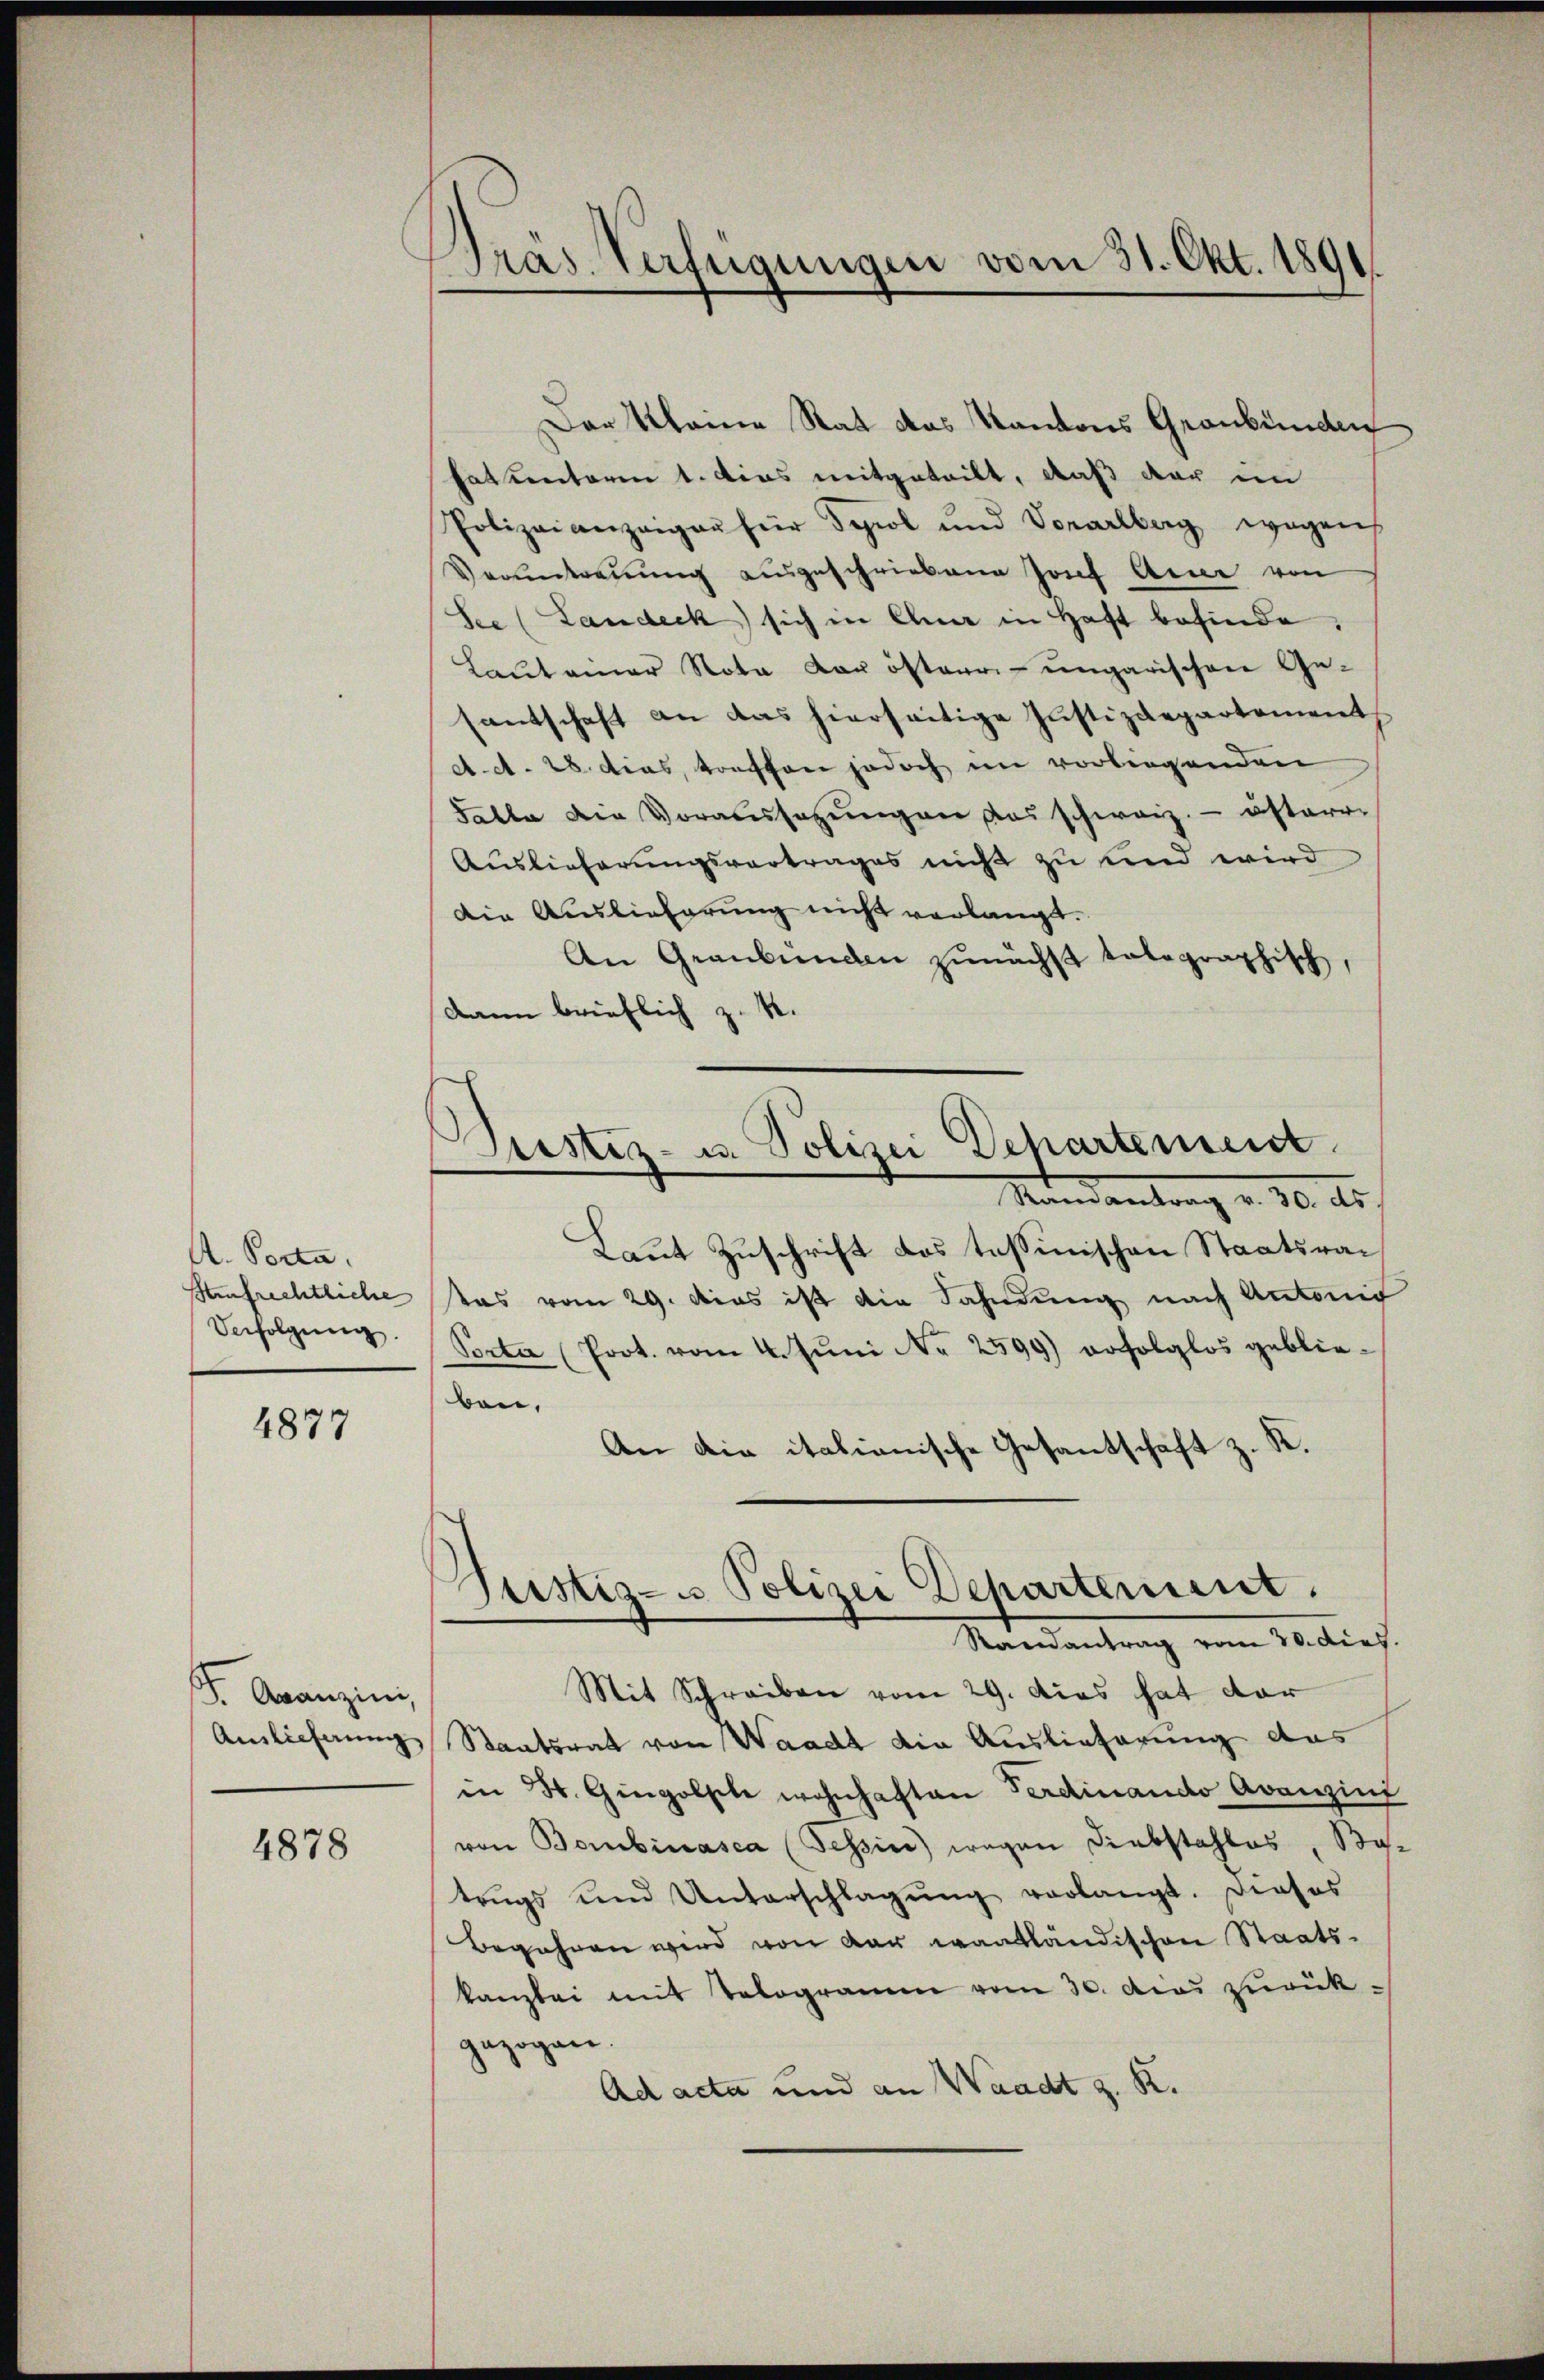
A. Porta.
Aufrechtliche
Verfolgung.

4877

. Aranzini,

4878

Dräs Verfügungen vom 31. Okt. 1891.

Der Kleine Rat das Kantons Graubünden
Patentoren 1. dies mitgeteilt, daß der im
Polizeianzaigau für Sprol und Vorarlberg wegen
Voruntreuung ausgeschriebene Josef Acker von
See (Landeck sich in Chur in Haft befinde,
Laut einer Nota der österr.-ungarischen Ge-
santschaft an das hierseitige Justizdepartement
A.d. 28. dies, treffen jedoch im vorliegenden
Falle die Voraussagŭngen das schweiz.- österr-
Auslieferungsvertrages nicht zu und wird
Die Auslieferung nicht verlangt.
An Graubünden zunächst telegraphisch,
Dann brieflich z. R.
Mandantrag v. 30. Xr.
Laut Zuschrift des tessinischen Staatsratas vom 29. Das ist die Fahndung nach Antonig
Porta (Prot. vom 4. Juni No 2599) erfolglos geblieben,
An die italianische Gesandschaft z. R.
Justiz- u Polizei Departement.
Randantrag vom 30. dies.
Mit Schreiben vom 29. Das hat der
Auslieferung Staatsrat von Waadt die Auslieferung das
in St. Gingolsche wohnhaften Ferdinando Avanzins
von Bombinasca (Tessin wegen Diebstahles, Ba-
trŭgs und Unterschlagŭng verlangt. Dieses
Begehren wird von der wantländischen Staatskanzlei mit Tologramm vom 30. Das zurückgezogen.
Ad acta und an Waadt z. R.

Justiz- u. Polizei Departement